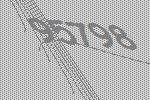
95798